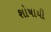
શોષાયી